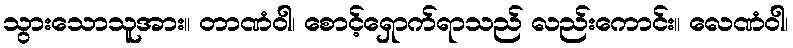
သွားသောသူအား။ တာဏံဝါ၊ စောင့်ရှောက်ရာသည် လည်းကောင်း။ လေဏံဝါ၊